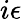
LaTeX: i\epsilon